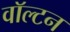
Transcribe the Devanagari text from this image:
वाॅल्टन